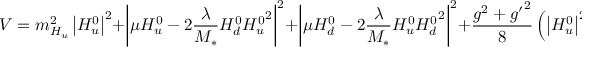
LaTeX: V = m _ { H _ { u } } ^ { 2 } \left| H _ { u } ^ { 0 } \right| ^ { 2 } + \left| \mu H _ { u } ^ { 0 } - 2 { \frac { \lambda } { M _ { * } } } H _ { d } ^ { 0 } { H _ { u } ^ { 0 } } ^ { 2 } \right| ^ { 2 } + \left| \mu H _ { d } ^ { 0 } - 2 { \frac { \lambda } { M _ { * } } } H _ { u } ^ { 0 } { H _ { d } ^ { 0 } } ^ { 2 } \right| ^ { 2 } + { \frac { g ^ { 2 } + { g ^ { \prime } } ^ { 2 } } { 8 } } \left( \left| H _ { u } ^ { 0 } \right| ^ { 2 } - \left| H _ { d } ^ { 0 } \right| ^ { 2 } \right) ^ { 2 } .